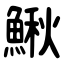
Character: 鰍